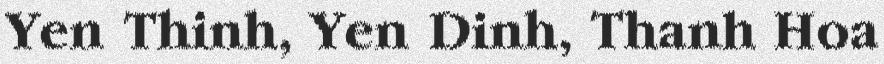
Yen Thinh, Yen Dinh, Thanh Hoa